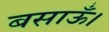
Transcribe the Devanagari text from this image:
बसाऊँ।